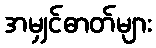
အမျှင်ဓာတ်များ